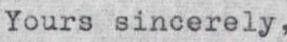
Yours sincerely,